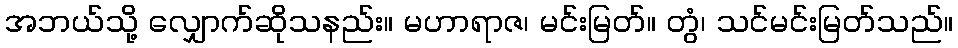
အဘယ်သို့ လျှောက်ဆိုသနည်း။ မဟာရာဇ၊ မင်းမြတ်။ တွံ၊ သင်မင်းမြတ်သည်။